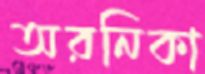
অরনিকা